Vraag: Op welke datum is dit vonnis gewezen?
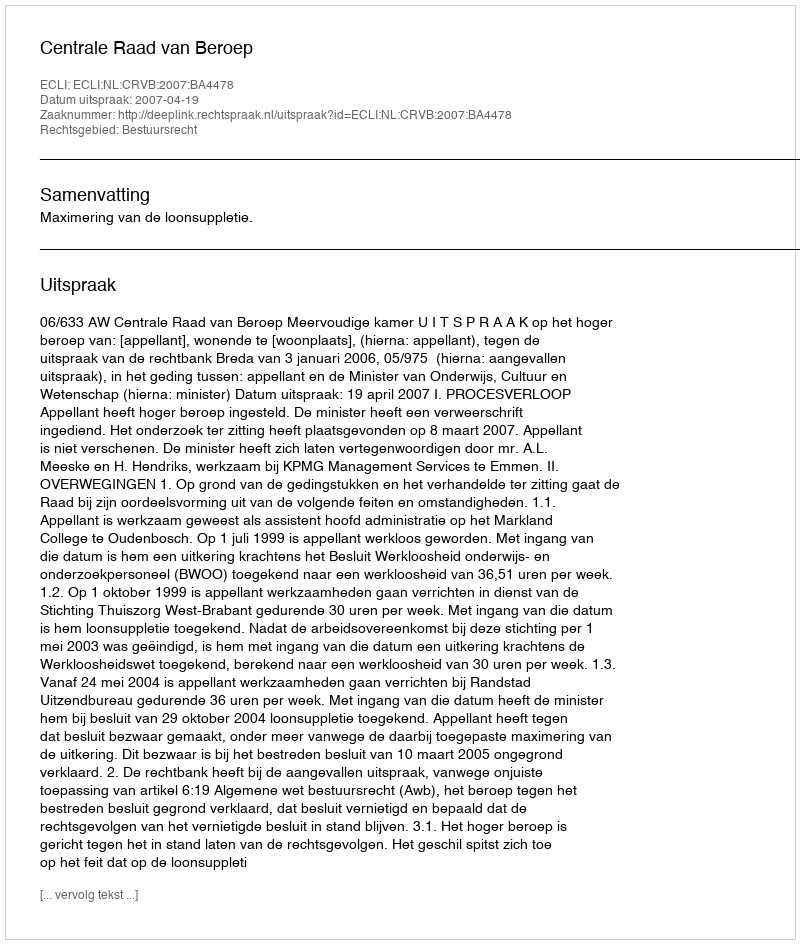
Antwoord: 2007-04-19